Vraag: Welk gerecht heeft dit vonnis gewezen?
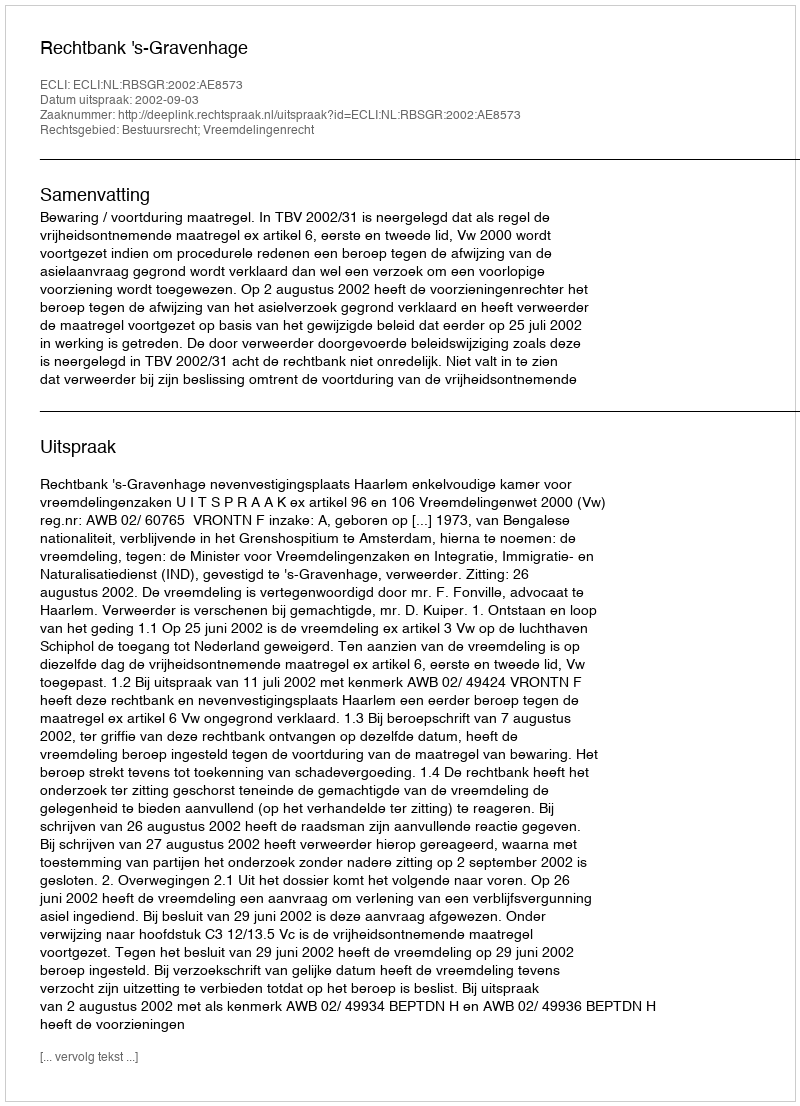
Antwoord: Rechtbank 's-Gravenhage